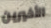
الأخيرين